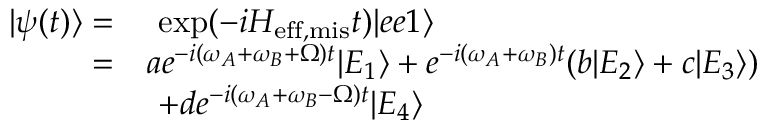
\begin{array} { r l } { | \psi ( t ) \rangle = } & { ~ \mathrm { e x p } ( - i H _ { \mathrm { e f f , m i s } } t ) | e e 1 \rangle } \\ { = } & { a e ^ { - i ( \omega _ { A } + \omega _ { B } + \Omega ) t } | E _ { 1 } \rangle + e ^ { - i ( \omega _ { A } + \omega _ { B } ) t } ( b | E _ { 2 } \rangle + c | E _ { 3 } \rangle ) } \\ & { ~ + d e ^ { - i ( \omega _ { A } + \omega _ { B } - \Omega ) t } | E _ { 4 } \rangle } \end{array}